Annual report of the Punjab Veterinary College and of the Civil Veterinary Department, Punjab - 1894-1908
Year: 1894
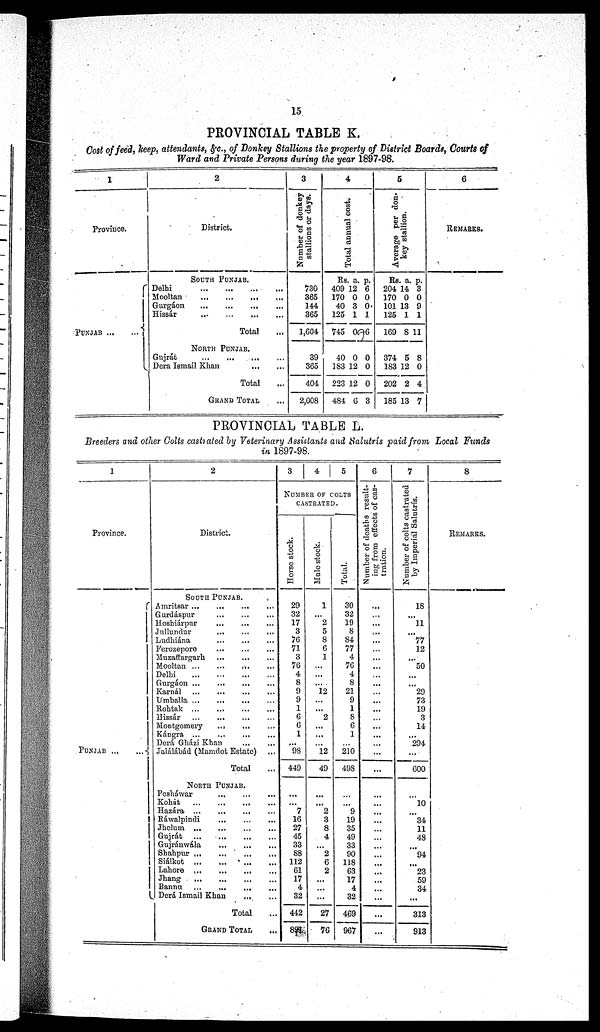
15
PROVINCIAL TABLE K.
Cost of feed, keep, attendants, &c., of Donkey Stallions the property of District Boards, Courts of
Ward and Private Persons during the year 1897-98.
1
Province.
PUNJAB
2
District.
SOUTH PUNJAB.
Delhi
Mooltan
...
...
...
...
Gurgáon ... ... ... ...
Hissár
...
...
...
...
Total
NORTH PUNJAB.
Gujrát
...
...
...
...
Dera Ismail Khan ... ...
Total
GRAND TOTAL ...
3
Number of donkey
stallions or days.
730
365
144
365
1,604
39
365
404
2,008
4
Total annual cost.
Rs.
409
170
40
125
745
40
183
223
484
a.
12
0
3
1
0
0
12
12
6
p.
6
0
0
1
6
0
0
0
3
5
Aver age per don-
key stallion.
Rs.
204
170
101
125
169
374
183
202
185
a.
14
0
13
1
8
5
12
2
13
p.
3
0
9
1
11
8
0
4
7
6
REMARKS.
PROVINCIAL TABLE L.
Breeders and other Colts castrated by Veterinary Assistants and Salutrís paid from Local Funds
in 1897-98.
1
Province.
PUNJAB...
2
District.
SOUTH PUNJAB.
Amritsar ... ... ... ...
Gurdáspur ... ... ...
Hoshiárpur
...
...
...
Jullundur ... ... ...
Ludhiána ... ... ...
Ferozepore
...
...
...
Muzaffargarh
...
...
...
Mooltan ... ... ... ...
Delhi
Gurgáon ... ... ... ...
Karnál
...
...
...
...
Umballa ... ... ... ...
Rohtak ... ... ... ...
Hissár ... ... ... ...
Montgomery
...
Kángra ... ... ... ...
Derá Gházi Khan ... ...
Jalálábád (Mamdot Estate) ...
Total
NORTH PUNJAB
Pesháwar ... ... ...
Kohát
...
...
...
...
Hazára ... ... ... ...
Ráwalpindi ... ... ...
Jhelum ... ... ... ...
Gujrát ... ... ... ...
Gujránwála
...
...
...
Shahpur
...
...
...
...
Siálkot
...
...
...
...
Lahore
...
...
...
...
Jhang
... ... ... ...
Bannnu ...
... ... ...
Derá Ismail Khan ... ...
Total ...
GRAND TOTAL ...
3 4 5
NUMBER OF COLTS
CASTRATED.
Horse stock.
29
32
17
3
76
71
3
76
4
8
9
9
1
6
6
1
...
98
449
...
...
7
16
27
45
33
88
112
61
17
4
32
442
891
Male stock.
1
...
2
5
8
6
1
...
...
...
12
...
...
2
...
...
...
12
49
...
...
2
3
8
4
...
2
6
2
...
...
...
27
76
Total.
30
32
19
8
84
77
4
70
4
8
21
9
1
8
6
1
...
210
498
...
...
9
19
35
49
33
90
118
63
17
4
32
469
967
6
Number of deaths result-
ing from effects of cas-
tration.
...
...
...
...
...
...
...
...
...
...
...
...
...
...
...
...
...
...
...
...
...
...
...
...
...
...
...
...
...
7
Number of colts castrated
by Imperial Salutrís.
18
...
11
...
77
12
...
50
...
...
29
73
19
3
14
...
294
...
600
10
...
34
11
48
...
94
23
59
34
...
313
913
8
REMARKS.